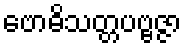
ဗောဓိသတ္တပဗ္ဗဇ္ဇာ